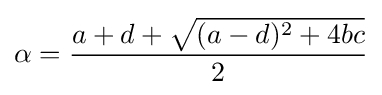
\alpha ={\frac {a+d+{\sqrt {(a-d)^{2}+4bc}}}{2}}